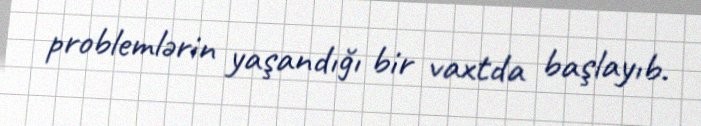
problemlərin yaşandığı bir vaxtda başlayıb.